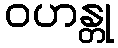
ဝဟန္တု